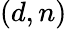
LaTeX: (d,n)